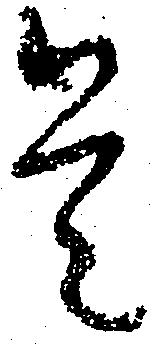
是